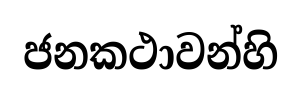
ජනකථාවන්හි